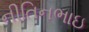
નીતિનભાઇ